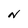
Character: N